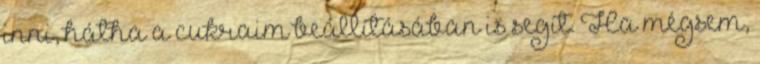
inni, hátha a cukraim beállításában is segít. Ha mégsem,